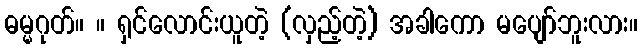
ဓမ္မဂုတ်။ ။ ရှင်လောင်းယူတဲ့ (လှည့်တဲ့) အခါကော မပျော်ဘူးလား။